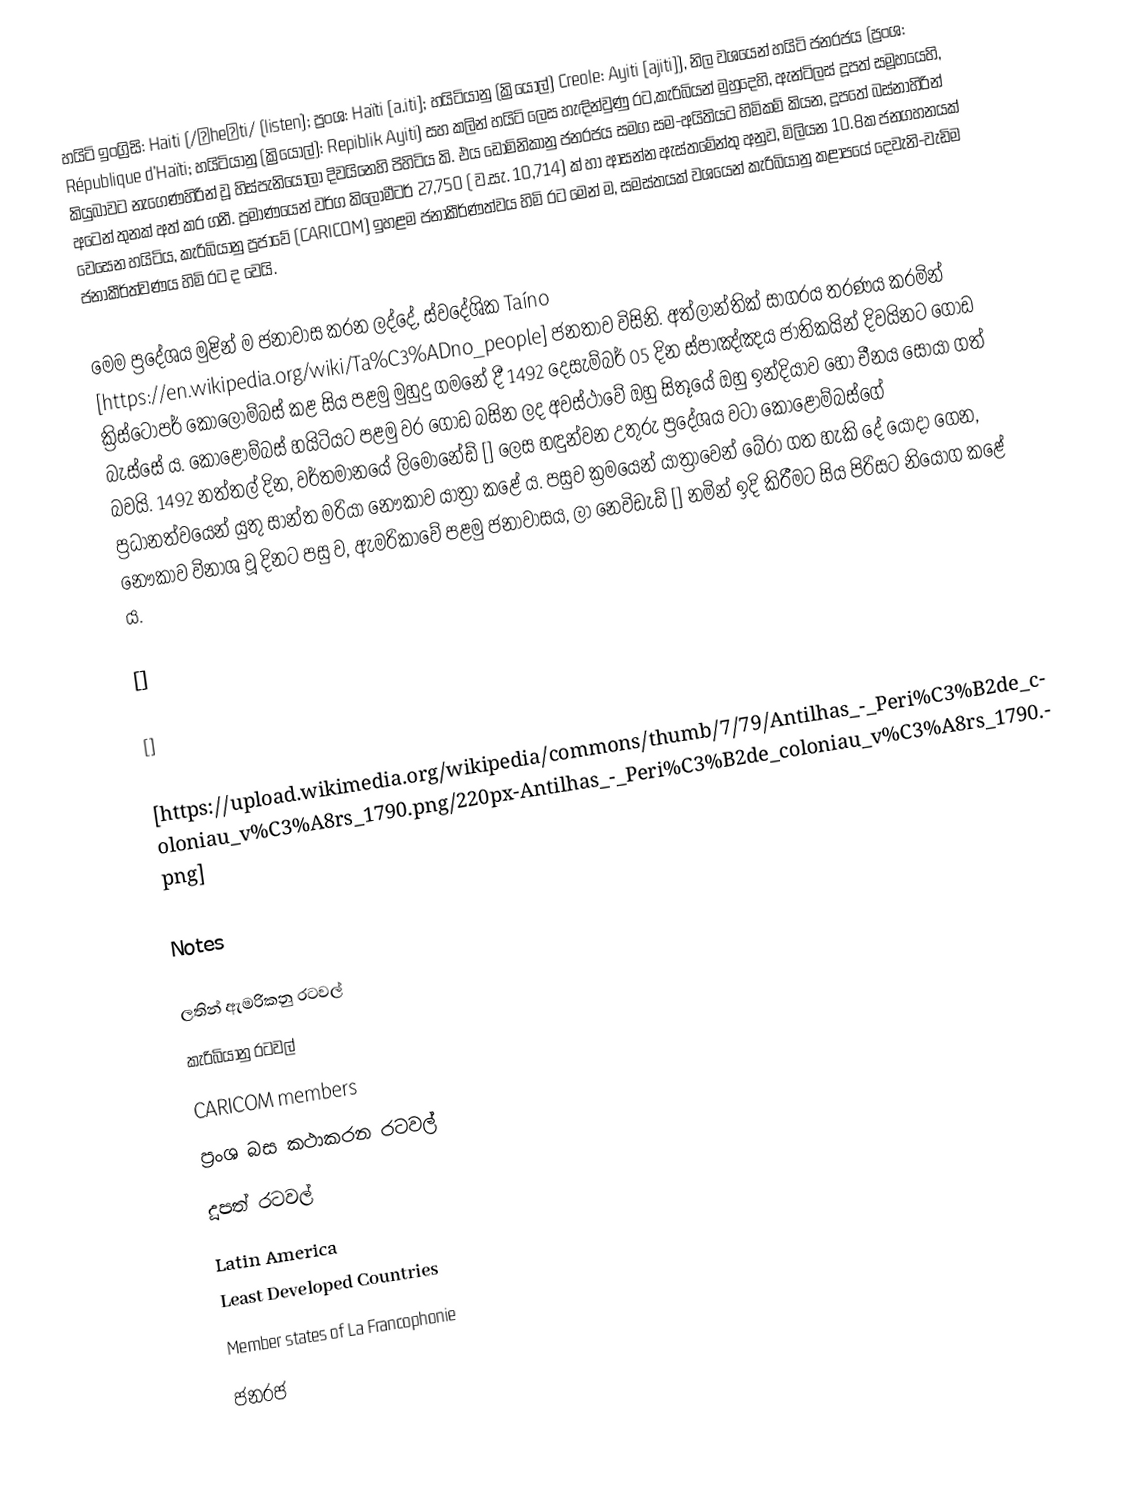
හයිටි ඉංග්‍රිසි: Haiti (/ˈheɪti/ (listen); ප්‍රංශ: Haïti [a.iti]; හයිටියානු (ක්‍රියෝල්) Creole: Ayiti [ajiti]), නිල වශයෙන් හයිටි ජනරජය (ප්‍රංශ: République d'Haïti; හයිටියානු (ක්‍රියෝල්): Repiblik Ayiti) සහ කලින් හයිටි ලෙස හැඳින්වුණු රට,කැරිබියන් මුහුදෙහි, ඇන්ටිලස් දූපත් සමූහයෙහි, කියුබාවට නැගෙණහිරින් වූ හිස්පැනියෝලා දිවයිනෙහි පිහිටිය කි. එය ඩොමිනිකානු ජනරජය සමග සම-අයිතියට හිමිකම් කියන, දූපතේ බස්නාහිරින් අටෙන් තුනක් අත් කර ගනී. ප්‍රමාණයෙන් වර්ග කිලෝමීටර් 27,750 ( ව.සැ. 10,714) ක් හා ආසන්න ඇස්තමේන්තු අනුව, මිලියන 10.8ක ජනගහනයක් වෙසෙන හයිටිය, කැරිබියානු ප්‍රජාවේ (CARICOM) ඉහළම ජනාකීර්ණත්වය හිමි රට මෙන් ම, සමස්තයක් වශයෙන් කැරිබියානු කළාපයේ දෙවැනි-වැඩිම ජනාකීර්ත්වණය හිමි රට ද වෙයි.

මෙම ප්‍රදේශය මුළින් ම ජනාවාස කරන ලද්දේ, ස්වදේශික  Taíno [https://en.wikipedia.org/wiki/Ta%C3%ADno_people] ජනතාව විසිනි. අත්ලාන්තික් සාගරය තරණය කරමින් ක්‍රිස්ටෝපර් කොලොම්බස්  කළ සිය පළමු මුහුදු ගමනේ දී 1492 දෙසැම්බර් 05 දින ස්පාඤ්ඤය ජාතිකයින් දිවයිනට ගොඩ බැස්සේ ය. කොළොම්බස් හයිටියට පළමු වර ගොඩ බසින ලද අවස්ථාවේ ඔහු සිතූයේ ඔහු ඉන්දියාව හෝ චීනය සොයා ගත් බවයි. 1492 නත්තල් දින, වර්තමානයේ ලිමොනේඩ් [] ලෙස හඳුන්වන උතුරු ප්‍රදේශය වටා කොළොම්බස්ගේ ප්‍රධානත්වයෙන් යුතු සාන්ත මරියා නෞකාව යාත්‍රා කළේ ය. පසුව ක්‍රමයෙන් යාත්‍රාවෙන් බේරා ගත හැකි දේ යොදා ගෙන, නෞකාව විනාශ වූ දිනට පසු ව, ඇමරිකාවේ පළමු ජනාවාසය, ලා නෙවිඩැඩ් [] නමින් ඉදි කිරීමට සිය පිරිසට නියෝග කළේ ය.

[]

[]

[https://upload.wikimedia.org/wikipedia/commons/thumb/7/79/Antilhas_-_Peri%C3%B2de_coloniau_v%C3%A8rs_1790.png/220px-Antilhas_-_Peri%C3%B2de_coloniau_v%C3%A8rs_1790.png]

Notes

ලතින් ඇමරිකනු රටවල්
කැරිබියානු රටවල්
CARICOM members
ප්‍රංශ බස කථාකරන රටවල්
දූපත් රටවල්
Latin America
Least Developed Countries
Member states of La Francophonie
ජනරජ